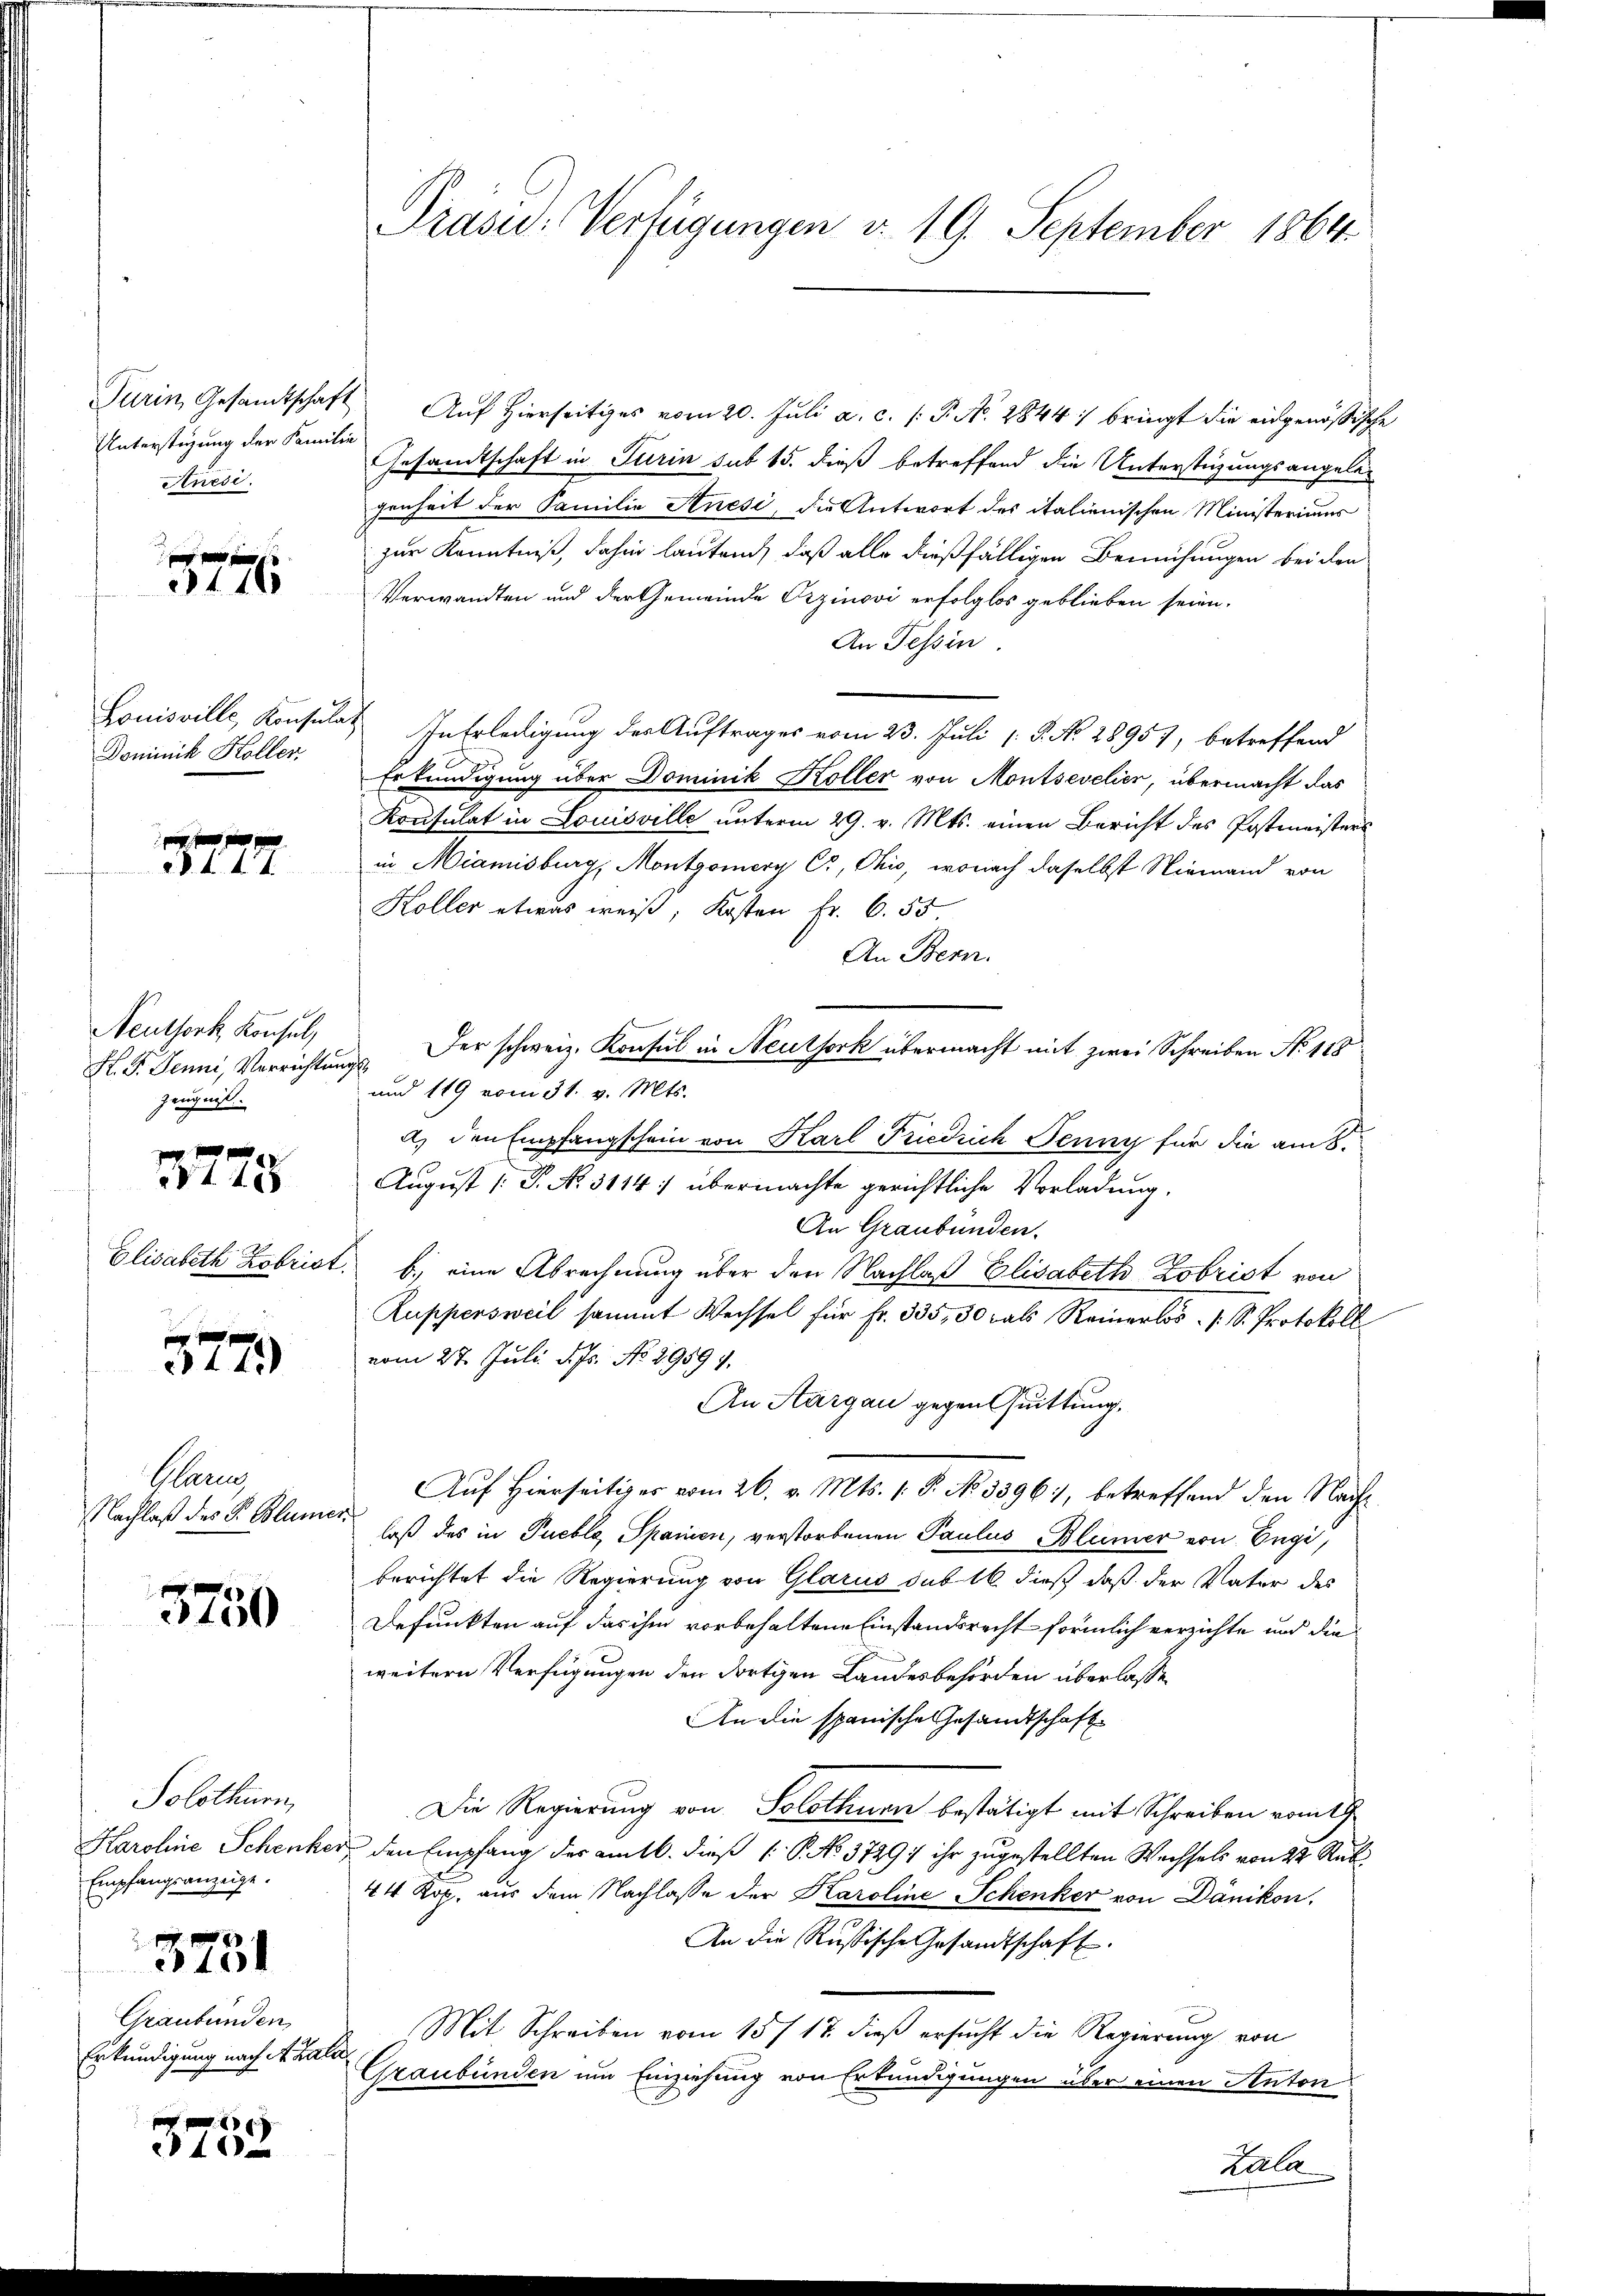
Unterstüzung der Familie
Anesi

f 0 x
3176

Dominick Koller

d. d. d. d. J.

Neuthork, Konsul,
H. G. Jenni, Verrichtungs
Zeugniß.

3775

377

Blan
Nachlaß des P. Blumen

3750

Solothurn,
Empfangsanzeige.
3751
Graubünden
Erkundigung nach A. Kala

8
40

Turin, Gesandtschaft Auf hierseitiges vom 20. Juli a. c. P. No. 2844. bringt die eidgenössische
Gesandtschaft in Turin sub 15. dieß betreffend die Unterstüzungsangela-
genheit der Familie Anesi, die Antwort des italienischen Ministeriums
zur Kenntniß, dahin lautend, daß alle dießfälligen Bemühungen bei den
Verwandten und der Gemeinde Erzinovi erfolglos geblieben seien.
An Tessin.
Louisville, Konsulat In Erledigung der Auftrages vom 23. Juli 18. No 28957, betreffend
Erkundigung über Dominik Koller von Montsevelier, übermacht das
Konsulat in Louisville unterm 29. v. Mts. einen Bericht des Postmeisters
in Miamisburg, Montgomery Cs, Ohio, wonach daselbst Niemand von
Koller etwas weiß, Kosten Fr. 6. 55
An Bern.
Der schweiz. Konsul in Neuthork übermacht mit zwei Schreiben No 118
und 119 vom 31. v. Mts.
A) den Empfangschein von Karl Friedrich Jenny für die am 8.
August [P. No. 3114: übermachte gerichtliche Vorladung,
An Graubünden.
Elisabeth Kobrist. b.) eine Abrechnung über den Nachlaß Elisabeth Lobrist von
Ruppensweil sammt Wechsel für Fr. 335, 30 als Reinerlos. S. Protokoll
vom 27. Juli d. Js. No. 29599.
An Aargau gegen Quittung,
Auf Hierseitiges vom 26. v. Mts. 1. P. No 3396), betreffend den Nachlaß des in Pueble, Spanien, verstorbenen Paulus Blümer von Engi,
berichtet die Regierung von Glarus sub 16 dieß daß der Vater des
Defunkten auf das ihm vorbehaltene Einstandsrecht förmlich verzichte und die
weitern Verfügungen der dortigen Landesbehörden überlasse
An die spanische Gesandtschafts
Die Regierung von Solothurn bestätigt mit Schreiben vom 19.
Karoline Schenker den Empfang der amtl. dieß ( P. No 3729; ihr zugestellten Wechsels von 22 Rub
44 Kop. aus dem Nachlasse der Karoline Schenker von Dänikon,
An die Russische Gesandtschaft.
Mit Schreiben vom 15t 17. dieß ersucht die Regierung von
Graubünden um Einziehung von Erkundigungen über einen Anton
Lala

Präsid. Verfügungen v. 19. September 1864